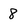
Character: 8